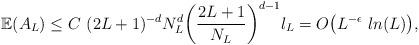
LaTeX: \begin{align*} \mathbb{E}(A_L) &\leq C ~(2L+1)^{-d}N_L^d\bigg(\frac{2L+1}{N_L}\bigg)^{d-1}l_L=O\big(L^{-\epsilon}~ln(L)\big),\end{align*}